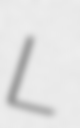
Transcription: L